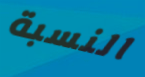
النسبة